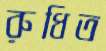
রুধিত